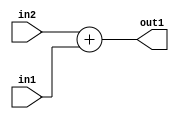
`timescale 1ps / 1ps
/*****************************************************************************
    Verilog RTL Description
    
    
    Created by: Stratus DpOpt 21.05.01 
*******************************************************************************/

module SobelFilter_Add_32Sx2U_32S_1 (
	in2,
	in1,
	out1
	); /* architecture "behavioural" */ 
input [31:0] in2;
input [1:0] in1;
output [31:0] out1;
wire [31:0] asc001;

assign asc001 = 
	+(in2)
	+(in1);

assign out1 = asc001;
endmodule

/* CADENCE  ubLzSgg= : u9/ySxbfrwZIxEzHVQQV8Q== ** DO NOT EDIT THIS LINE ******/